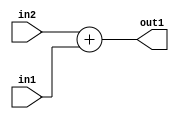
`timescale 1ps / 1ps
/*****************************************************************************
    Verilog RTL Description
    
    
    Created by: Stratus DpOpt 21.05.01 
*******************************************************************************/

module SobelFilter_Add_32Sx2U_32S_1 (
	in2,
	in1,
	out1
	); /* architecture "behavioural" */ 
input [31:0] in2;
input [1:0] in1;
output [31:0] out1;
wire [31:0] asc001;

assign asc001 = 
	+(in2)
	+(in1);

assign out1 = asc001;
endmodule

/* CADENCE  ubLzSgg= : u9/ySxbfrwZIxEzHVQQV8Q== ** DO NOT EDIT THIS LINE ******/